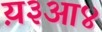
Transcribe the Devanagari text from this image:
य़३आ४